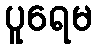
ပူရေမ